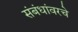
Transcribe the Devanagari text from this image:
संबंधांवरचे